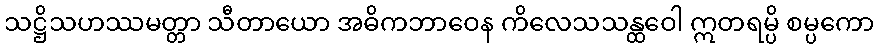
သဋ္ဌိသဟဿမတ္တာ သီတာယော အဓိကဘာဝေန ကိလေသသန္ထဝေါ ဣတရမ္ပိ စမ္ပကော